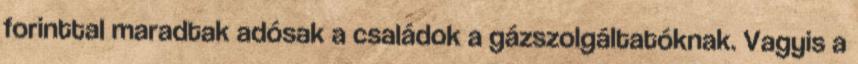
forinttal maradtak adósak a családok a gázszolgáltatóknak. Vagyis a